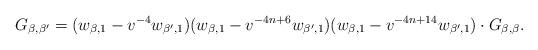
LaTeX: \begin{align*} G_{\beta,\beta'}= (w_{\beta,1}-v^{-4}w_{\beta',1})(w_{\beta,1}-v^{-4n+6}w_{\beta',1})(w_{\beta,1}-v^{-4n+14}w_{\beta',1})\cdot G_{\beta,\beta}.\end{align*}